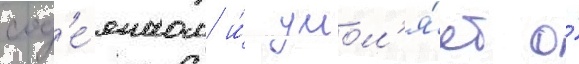
сод'е́янном и́ умол'я́ет о́